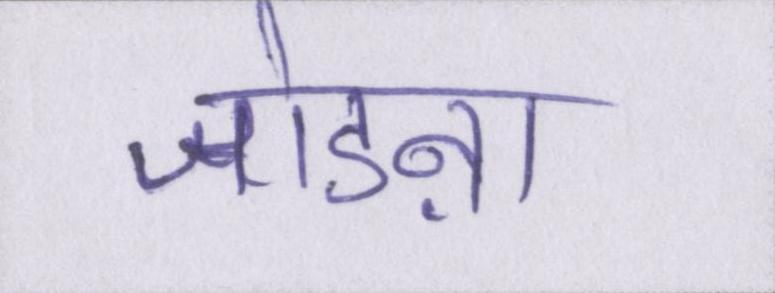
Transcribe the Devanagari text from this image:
जोडऩा